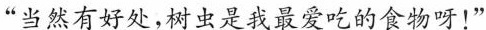
”当然有好处，树虫是我最爱吃的食物呀！”